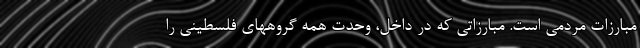
مبارزات مردمی است. مبارزاتی که در داخل، وحدت همه گروههای فلسطینی را